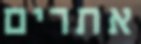
אתרים